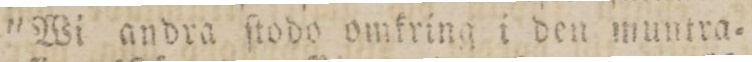
'Wi andra ſtodo omkring i den muntra=